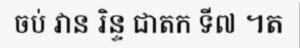
ចប់ វាន រិន្ទ ជាតក ទី៧ ។ត